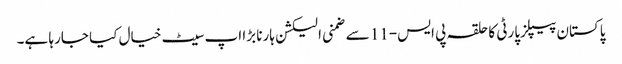
پاکستان پیپلزپارٹی کا حلقہ پی ایس-11 سے ضمنی الیکشن ہارنا بڑا اپ سیٹ خیال کیا جارہا ہے۔